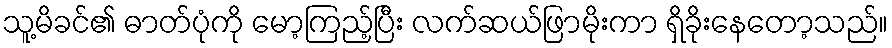
သူ့မိခင်၏ ဓာတ်ပုံကို မော့ကြည့်ပြီး လက်ဆယ်ဖြာမိုးကာ ရှိခိုးနေတော့သည်။